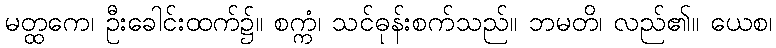
မတ္ထကေ၊ ဦးခေါင်းထက်၌။ စက္ကံ၊ သင်ဓုန်းစက်သည်။ ဘမတိ၊ လည်၏။ ယေစ၊